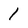
Character: 1